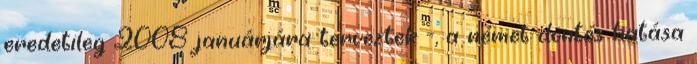
eredetileg 2008 januárjára terveztek -, a német döntés hatása